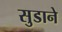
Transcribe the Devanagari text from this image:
सुडाने